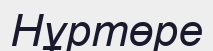
Нұртөре